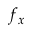
f _ { x }